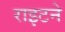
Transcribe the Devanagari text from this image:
राइटने